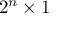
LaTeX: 2 ^ { n } \times 1